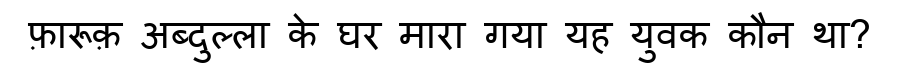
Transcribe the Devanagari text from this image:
फ़ारूक़ अब्दुल्ला के घर मारा गया यह युवक कौन था?